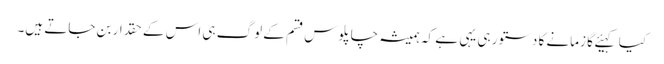
کیا کہیئے گا زمانے کا دستور ہی یہی ہے کہ ہمیشہ چاپلوس قسم کے لوگ ہی اس کے حقدار بن جاتے ہیں۔